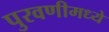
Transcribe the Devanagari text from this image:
पुरवणीमध्ये